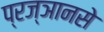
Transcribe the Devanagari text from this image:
प्रज्ञानसे